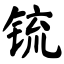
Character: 锍